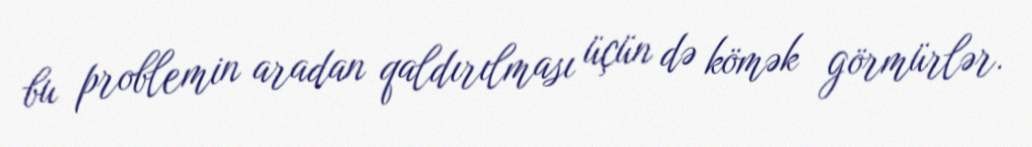
bu problemin aradan qaldırılması üçün də kömək görmürlər.